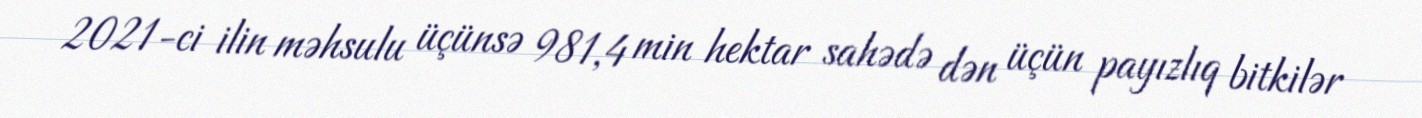
2021-ci ilin məhsulu üçünsə 981,4 min hektar sahədə dən üçün payızlıq bitkilər